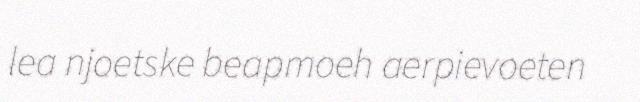
lea njoetske beapmoeh aerpievoeten